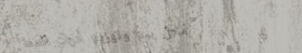
محل بيع وتوزيع أدوات المط